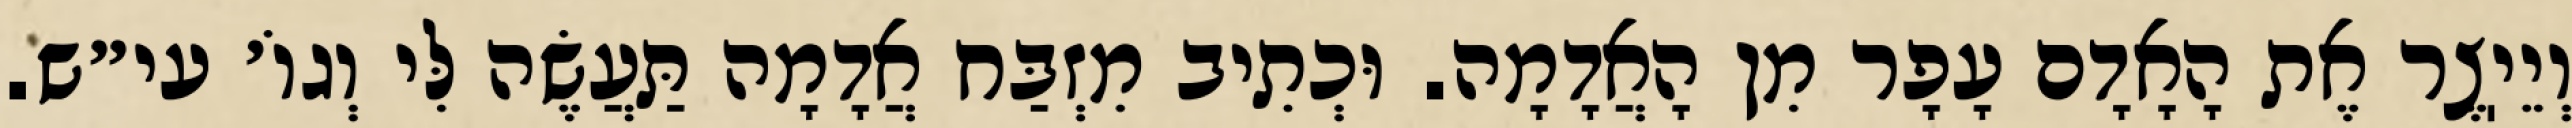
וְיֵיֽצֶר אֶת הָאָדָם עָפָר מִן הָאֲדָמָה. וּכְתִיב מִזְבַּח אֲדָמָה תַּעֲשֶׂה לִּי וְגוֹ׳ עי״ש.